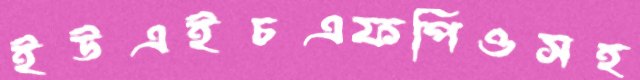
ইউএইচএফপিওসহ